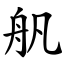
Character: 舤